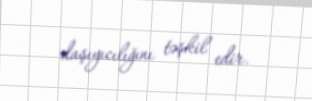
daşıyıcılığını təşkil edir.